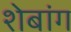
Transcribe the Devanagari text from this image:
शेबांग